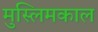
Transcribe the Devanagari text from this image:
मुस्लिमकाल